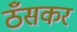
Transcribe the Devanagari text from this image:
ठँसकर